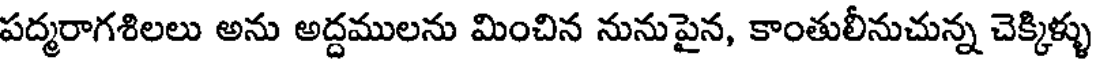
పద్మరాగశిలలు అను అద్దములను మించిన నునుపైన, కాంతులీనుచున్న చెక్కిళ్ళు